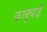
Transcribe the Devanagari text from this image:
कानुबाई